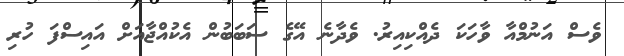
ވެސް އަނުމްއާ ވާހަކަ ދެއްކިއިރު. ވެދާނެ އޭގެ ސަބަބުން އެކުއްޖާއަށް އައިސްފަ ހުރި